Vaccination in Bombay 1869-1873 - 1869-1873
Year: 1869
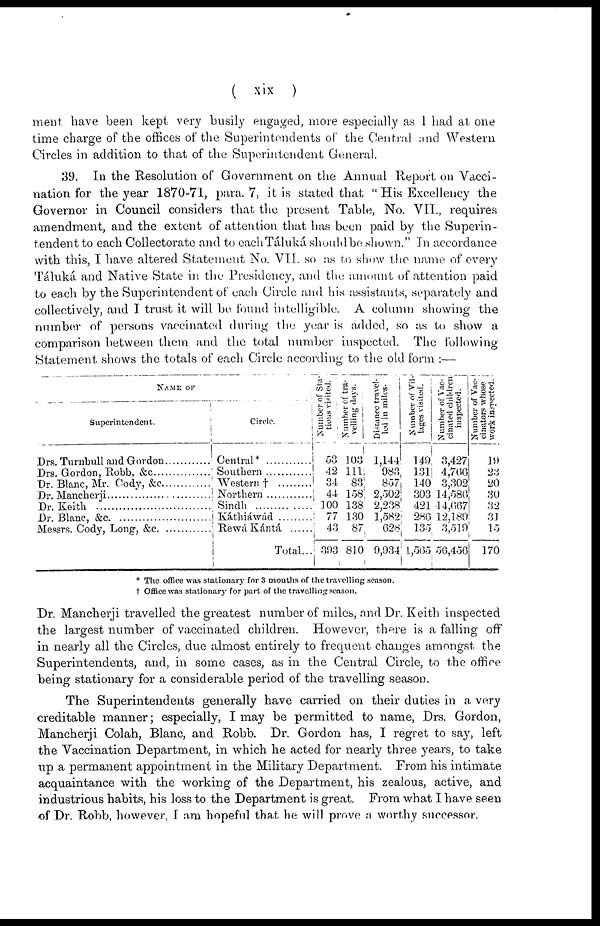
( xix )
ment have been kept very busily engaged, more especially as I had at one
time charge of the offices of the Superintendents of the Central and Western
Circles in addition to that of the Superintendent General.
39. In the Resolution of Government on the Annual Report on Vacci-
nation for the year 1870-71, para. 7, it is stated that " His Excellency the
Governor in Council considers that the present Table, No. VII., requires
amendment, and the extent of attention that has been paid by the Superin-
tendent to each Collectorate and to each Táluká should be shown." In accordance
with this, I have altered Statement No. VII. so as to show the name of every
Táluká and Native State in the Presidency, and the amount of attention paid
to each by the Superintendent of each Circle and his assistants, separately and
collectively, and I trust it will be found intelligible. A column showing the
number of persons vaccinated during the year is added, so as to show a
comparison between them and the total number inspected. The following
Statement shows the totals of each Circle according to the old form :—
NAME OF
Superintendent.
Drs. Turnbull and Gordon..............
Drs. Gordon, Robb, &c
Dr. Blanc, Mr. Cody, &c
Dr. Mancherji ...........................
Dr. Keith
Dr. Blanc, &c. ..............................
Messrs. Cody, Long, &c. .............
Circle.
Central*
Southern ...........
Western † .........
Northern ..........
Sind ..................
Káthiáwád ........
Rewá Kántá ......
Total...
Number of Sta-
tions visited.
53
42
34
44
100
77
43
393
Number of tra-
velling days.
103
111
83
158
138
130
87
810
Distance travel-
led in miles.
1,144
983
857
2,502
2,238
1,582
628
9,934
Number of Vil-
lages visited.
149
131
140
303
421
286
135
1,565
Number of Vac-
cinated children
inspected.
3,427
4,766
3,302
14,586
14,667
12,189
3,519
56,456
Number of Vac-
cinators whose
work inspected.
19
23
20
30
32
31
15
170
* The office was stationary for 3 months of the travelling season.
† Office was stationary for part of the travelling season.
Dr. Mancherji travelled the greatest number of miles, and Dr. Keith inspected
the largest number of vaccinated children. However, there is a falling off
in nearly all the Circles, due almost entirely to frequent changes amongst the
Superintendents, and, in some cases, as in the Central Circle, to the office
being stationary for a considerable period of the travelling season.
The Superintendents generally have carried on their duties in a very
creditable manner; especially, I may be permitted to name, Drs. Gordon,
Mancherji Colah, Blanc, and Robb. Dr. Gordon has, I regret to say, left
the Vaccination Department, in which he acted for nearly three years, to take
up a permanent appointment in the Military Department. From his intimate
acquaintance with the working of the Department, his zealous, active, and
industrious habits, his loss to the Department is great. From what I have seen
of Dr. Robb, however, I am hopeful that he will prove a worthy successor.